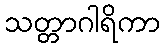
သတ္တာဂါရိကာ